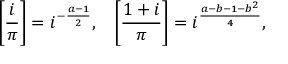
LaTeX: { \Bigg [ } { \frac { i } { \pi } } { \Bigg ] } = i ^ { - { \frac { a - 1 } { 2 } } } , \; \; \; { \Bigg [ } { \frac { 1 + i } { \pi } } { \Bigg ] } = i ^ { \frac { a - b - 1 - b ^ { 2 } } { 4 } } ,